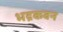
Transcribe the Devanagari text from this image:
भद्रकवन